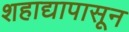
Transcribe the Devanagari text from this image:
शहाद्यापासून